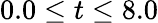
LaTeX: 0.0\leq t\leq 8.0